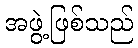
အဖွဲ့ဖြစ်သည်